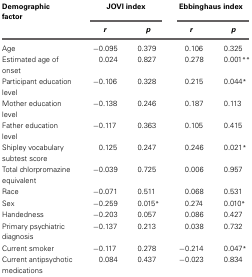
<table><thead><tr><td><b>Demographic factor</b></td><td colspan="2"><b>JOVI index</b></td><td colspan="2"><b>Ebbinghaus index</b></td></tr><tr><td></td><td><b><i>r</i></b></td><td><b><i>p</i></b></td><td><b><i>r</i></b></td><td><b><i>p</i></b></td></tr></thead><tbody><tr><td>Age</td><td>−0.095</td><td>0.379</td><td>0.106</td><td>0.325</td></tr><tr><td>Estimated age of onset</td><td>0.024</td><td>0.827</td><td>0.278</td><td>0.001<sup>**</sup></td></tr><tr><td>Participant education level</td><td>−0.106</td><td>0.328</td><td>0.215</td><td>0.044<sup>*</sup></td></tr><tr><td>Mother education level</td><td>−0.138</td><td>0.246</td><td>0.187</td><td>0.113</td></tr><tr><td>Father education level</td><td>−0.117</td><td>0.363</td><td>0.105</td><td>0.415</td></tr><tr><td>Shipley vocabulary subtest score</td><td>0.125</td><td>0.247</td><td>0.246</td><td>0.021<sup>*</sup></td></tr><tr><td>Total chlorpromazine equivalent</td><td>−0.039</td><td>0.725</td><td>0.006</td><td>0.957</td></tr><tr><td>Race</td><td>−0.071</td><td>0.511</td><td>0.068</td><td>0.531</td></tr><tr><td>Sex</td><td>−0.259</td><td>0.015<sup>*</sup></td><td>0.274</td><td>0.010<sup>*</sup></td></tr><tr><td>Handedness</td><td>−0.203</td><td>0.057</td><td>0.086</td><td>0.427</td></tr><tr><td>Primary psychiatric diagnosis</td><td>−0.137</td><td>0.213</td><td>0.038</td><td>0.732</td></tr><tr><td>Current smoker</td><td>−0.117</td><td>0.278</td><td>−0.214</td><td>0.047<sup>*</sup></td></tr><tr><td>Current antipsychotic medications</td><td>0.084</td><td>0.437</td><td>−0.023</td><td>0.834</td></tr></tbody></table>